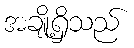
အချို့ရှိသည်